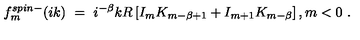
f _ { m } ^ { s p i n - } ( i k ) \ = \ i ^ { - \beta } k R \left[ I _ { m } K _ { m - \beta + 1 } + I _ { m + 1 } K _ { m - \beta } \right] , m < 0 \ .